Document type: Sale
Year: 1290
Scribe: Miquel Rotllan
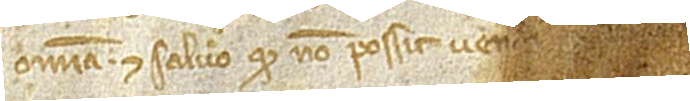
omnia et salvo quod non possit vend[ere vel alienare m]